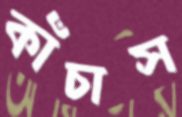
কাঁচাস